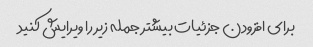
برای افزودن جزئیات بیشتر جمله زیر را ویرایش کنید